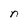
Character: n